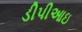
ડીપીઆઇ